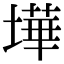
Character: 墷